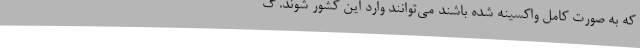
که به صورت کامل واکسینه شده باشند می‌توانند وارد این کشور شوند. گ